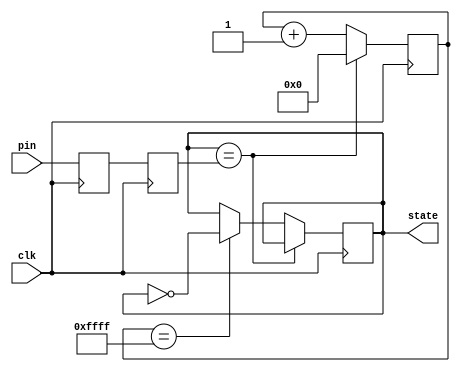
`timescale 1ns / 1ps
//////////////////////////////////////////////////////////////////////////////////
// Company: 
// Engineer: 
// 
// Design Name: 
// Module Name: debuncer
// Project Name: 
// Target Devices: 
// Tool Versions: 
// Description: 
// 
// Dependencies: 
// 
// Revision:
// Revision 0.01 - File Created
// Additional Comments:
// 
//////////////////////////////////////////////////////////////////////////////////


module debouncer(
    input clk, pin,
    output reg state
);

reg sync_0, sync_1;
always @(posedge clk) sync_0 <= pin;
always @(posedge clk) sync_1 <= sync_0;

reg [15:0] count;

always @(posedge clk)
    if (state == sync_1)
        count <= 0;
    else begin
        count <= count + 1;
        if (count == 16'hffff) state <= ~state;
    end

endmodule